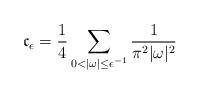
LaTeX: \begin{align*}\mathfrak{c}_{\epsilon} = \frac{1}{4}\sum_{0 < |\omega| \leq \epsilon^{-1}} \frac{1}{ \pi^2 |\omega|^2} \end{align*}